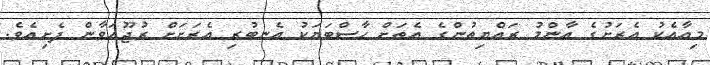
މިއާއެކު އެރަށުގެ އާންމު ރައްޔިތުންގެ އެތަށް ހާސްބަޔަކު އެނބުރި އެރަށަށް ރުޖޫއަވާން ފެށިއެވެ.